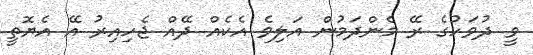
ވީ ދުވަހުގެ ރޭ މެންދަމުން އަލިވެ އެކެއް ދޭއް ޖެހިއިރު އޭ އެޔޮތީ